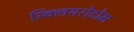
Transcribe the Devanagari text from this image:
स्क्लियरोटोम